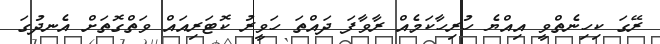
ރޭގަ ކިހިނެތްވީ އިއްޔެ ހުރިހާކަމެއް ރާވާފަ ދައްތަ ހަވީރު ކޮޓަރިއައް ވަތްގޮތަށް އެނދުގަ